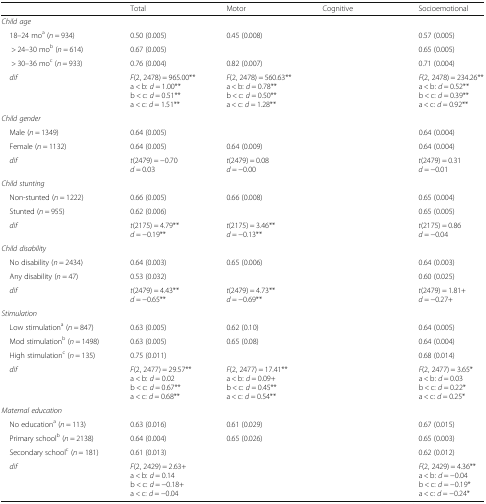
<table><thead><tr><td>[EMPTY_CELL]</td><td><b>Total</b></td><td><b>Motor</b></td><td><b>Cognitive</b></td><td><b>Socioemotional</b></td></tr></thead><tbody><tr><td colspan="5"><i>Child age</i></td></tr><tr><td> 18–24 mo<sup>a</sup> (<i>n</i> = 934)</td><td>0.50 (0.005)</td><td>0.45 (0.008)</td><td>[EMPTY_CELL]</td><td>0.57 (0.005)</td></tr><tr><td>&gt; 24–30 mo<sup>b</sup> (<i>n</i> = 614)</td><td>0.67 (0.005)</td><td>[EMPTY_CELL]</td><td>[EMPTY_CELL]</td><td>0.65 (0.005)</td></tr><tr><td>&gt; 30–36 mo<sup>c</sup> (<i>n</i> = 933)</td><td>0.76 (0.004)</td><td>0.82 (0.007)</td><td>[EMPTY_CELL]</td><td>0.71 (0.004)</td></tr><tr><td><i> dif</i></td><td><i>F</i>(2, 2478) = 965.00**a &lt; b: <i>d</i> = 1.00**b &lt; c: <i>d</i> = 0.51**a &lt; c: <i>d</i> = 1.51**</td><td><i>F</i>(2, 2478) = 560.63**a &lt; b: <i>d</i> = 0.78**b &lt; c: <i>d</i> = 0.50**a &lt; c: <i>d</i> = 1.28**</td><td>[EMPTY_CELL]</td><td><i>F</i>(2, 2478) = 234.26**a &lt; b: <i>d</i> = 0.52**b &lt; c: <i>d</i> = 0.39**a &lt; c: <i>d</i> = 0.92**</td></tr><tr><td colspan="5"><i>Child gender</i></td></tr><tr><td> Male (<i>n</i> = 1349)</td><td>0.64 (0.005)</td><td>[EMPTY_CELL]</td><td>[EMPTY_CELL]</td><td>0.64 (0.004)</td></tr><tr><td> Female (<i>n</i> = 1132)</td><td>0.64 (0.005)</td><td>0.64 (0.009)</td><td>[EMPTY_CELL]</td><td>0.64 (0.004)</td></tr><tr><td> <i>dif</i></td><td><i>t</i>(2479) = −0.70<i>d</i> = 0.03</td><td><i>t</i>(2479) = 0.08<i>d</i> = −0.00</td><td>[EMPTY_CELL]</td><td><i>t</i>(2479) = 0.31<i>d</i> = −0.01</td></tr><tr><td colspan="5"><i>Child stunting</i></td></tr><tr><td> Non-stunted (<i>n</i> = 1222)</td><td>0.66 (0.005)</td><td>0.66 (0.008)</td><td>[EMPTY_CELL]</td><td>0.65 (0.004)</td></tr><tr><td> Stunted (<i>n</i> = 955)</td><td>0.62 (0.006)</td><td>[EMPTY_CELL]</td><td>[EMPTY_CELL]</td><td>0.65 (0.005)</td></tr><tr><td> <i>dif</i></td><td><i>t</i>(2175) = 4.79**<i>d</i> = −0.19**</td><td><i>t</i>(2175) = 3.46**<i>d</i> = −0.13**</td><td>[EMPTY_CELL]</td><td><i>t</i>(2175) = 0.86<i>d</i> = −0.04</td></tr><tr><td colspan="5"><i>Child disability</i></td></tr><tr><td> No disability (<i>n</i> = 2434)</td><td>0.64 (0.003)</td><td>0.65 (0.006)</td><td>[EMPTY_CELL]</td><td>0.64 (0.003)</td></tr><tr><td> Any disability (<i>n</i> = 47)</td><td>0.53 (0.032)</td><td>[EMPTY_CELL]</td><td>[EMPTY_CELL]</td><td>0.60 (0.025)</td></tr><tr><td> <i>dif</i></td><td><i>t</i>(2479) = 4.43**<i>d</i> = −0.65**</td><td><i>t</i>(2479) = 4.73**<i>d</i> = −0.69**</td><td>[EMPTY_CELL]</td><td><i>t</i>(2479) = 1.81+<i>d</i> = −0.27+</td></tr><tr><td colspan="5"><i>Stimulation</i></td></tr><tr><td> Low stimulation<sup>a</sup> (<i>n</i> = 847)</td><td>0.63 (0.005)</td><td>0.62 (0.10)</td><td>[EMPTY_CELL]</td><td>0.64 (0.005)</td></tr><tr><td> Mod stimulation<sup>b</sup> (<i>n</i> = 1498)</td><td>0.63 (0.005)</td><td>0.65 (0.08)</td><td>[EMPTY_CELL]</td><td>0.64 (0.004)</td></tr><tr><td> High stimulation<sup>c</sup> (<i>n</i> = 135)</td><td>0.75 (0.011)</td><td>[EMPTY_CELL]</td><td>[EMPTY_CELL]</td><td>0.68 (0.014)</td></tr><tr><td> <i>dif</i></td><td><i>F</i>(2, 2477) = 29.57**a &lt; b: <i>d</i> = 0.02b &lt; c: <i>d</i> = 0.67**a &lt; c: <i>d</i> = 0.68**</td><td><i>F</i>(2, 2477) = 17.41**a &lt; b: <i>d</i> = 0.09+b &lt; c: <i>d</i> = 0.45**a &lt; c: <i>d</i> = 0.54**</td><td>[EMPTY_CELL]</td><td><i>F</i>(2, 2477) = 3.65*a &lt; b: <i>d</i> = 0.03b &lt; c: <i>d</i> = 0.22*a &lt; c: <i>d</i> = 0.25*</td></tr><tr><td colspan="5"><i>Maternal education</i></td></tr><tr><td> No education<sup>a</sup> (<i>n</i> = 113)</td><td>0.63 (0.016)</td><td>0.61 (0.029)</td><td>[EMPTY_CELL]</td><td>0.67 (0.015)</td></tr><tr><td> Primary school<sup>b</sup> (<i>n</i> = 2138)</td><td>0.64 (0.004)</td><td>0.65 (0.026)</td><td>[EMPTY_CELL]</td><td>0.65 (0.003)</td></tr><tr><td> Secondary school<sup>c</sup> (<i>n</i> = 181)</td><td>0.61 (0.013)</td><td>[EMPTY_CELL]</td><td>[EMPTY_CELL]</td><td>0.62 (0.012)</td></tr><tr><td> <i>dif</i></td><td><i>F</i>(2, 2429) = 2.63+a &lt; b: <i>d</i> = 0.14b &lt; c: <i>d</i> = −0.18+a &lt; c: <i>d</i> = −0.04</td><td>[EMPTY_CELL]</td><td>[EMPTY_CELL]</td><td><i>F</i>(2, 2429) = 4.36**a &lt; b: <i>d</i> = −0.04b &lt; c: <i>d</i> = −0.19*a &lt; c: <i>d</i> = −0.24*</td></tr></tbody></table>